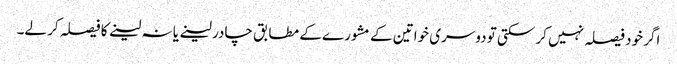
اگر خود فیصلہ نہیں کر سکتی تو دوسری خواتین کے مشورے کے مطابق چادر لینے یا نہ لینے کا فیصلہ کر لے۔